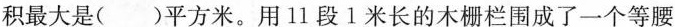
积最大是()平方米。用11段1米长的木栅栏围成了一个等腰